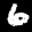
Label: 6